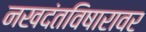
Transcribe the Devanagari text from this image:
नखदंतविषारावर